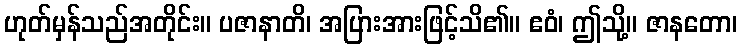
ဟုတ်မှန်သည်အတိုင်း။ ပဇာနာတိ၊ အပြားအားဖြင့်သိ၏။ ဧဝံ၊ ဤသို့။ ဇာနတော၊